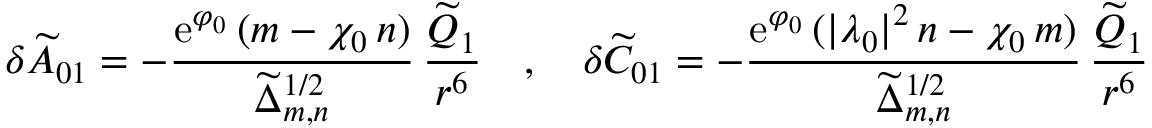
\delta { \widetilde A } _ { 0 1 } = - \frac { \mathrm { e } ^ { \varphi _ { 0 } } \, ( m - \chi _ { 0 } \, n ) } { { \widetilde \Delta } _ { m , n } ^ { 1 / 2 } } \, \frac { { \widetilde Q } _ { 1 } } { r ^ { 6 } } ~ ~ ~ , ~ ~ ~ \delta { \widetilde C } _ { 0 1 } = - \frac { \mathrm { e } ^ { \varphi _ { 0 } } \, ( | \lambda _ { 0 } | ^ { 2 } \, n - \chi _ { 0 } \, m ) } { { \widetilde \Delta } _ { m , n } ^ { 1 / 2 } } \, \frac { { \widetilde Q } _ { 1 } } { r ^ { 6 } }